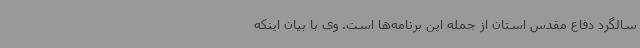
سالگرد دفاع مقدس استان از جمله این برنامه‌ها است. وی با بیان اینکه